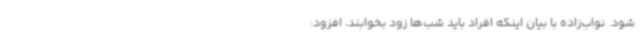
شود. نواب‌زاده با بیان اینکه افراد باید شب‌ها زود بخوابند، افزود: